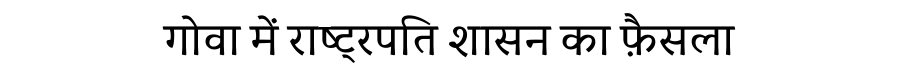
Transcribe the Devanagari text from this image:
गोवा में राष्ट्रपति शासन का फ़ैसला